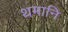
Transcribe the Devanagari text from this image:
थमानि